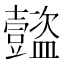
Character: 𧰝